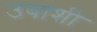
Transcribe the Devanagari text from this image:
उबाशी